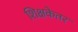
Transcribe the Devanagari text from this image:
शिक्षकेतर